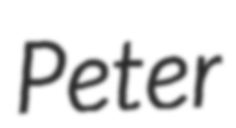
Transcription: Peter